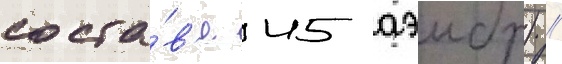
соста́в'е 45 аэмбр) //